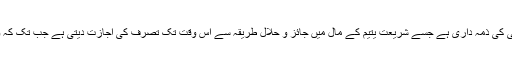
ایسی صورت میں یتیم اور اس کے مال کی کفالت اور سرپرستی اس کے خاص ولی کی ذمہ داری ہے جسے شریعت یتیم کے مال میں جائز و حلال طریقہ سے اس وقت تک تصرّف کی اجازت دیتی ہے جب تک کہ وہ بالغ نہ ہوجائے یا ممیز یعنی صحیح اور غلط میں فرق پہچاننے والا نہ ہوجائے۔